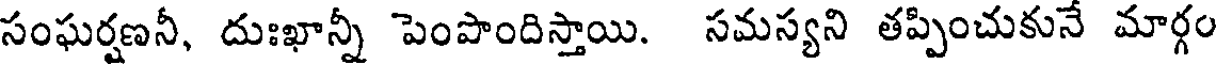
సంఘర్షణనీ, దుఃఖాన్నీ పెంపొందిస్తాయి. సమస్యని తప్పించుకునే మార్గం